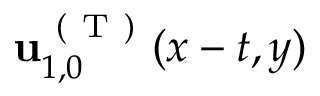
\mathbf { u } _ { 1 , 0 } ^ { \mathrm { ~ ( ~ T ~ ) ~ } } ( x - t , y )